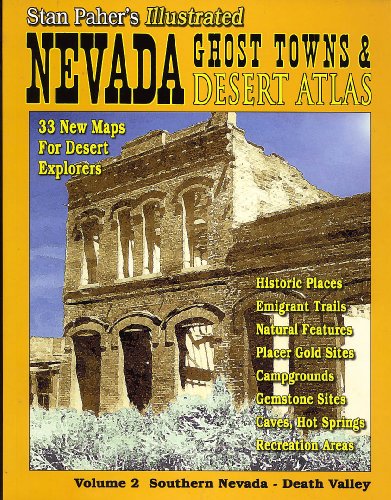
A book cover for Nevada Ghost Towns & Desert Atlas, Vol. 2 Southern Nevada-Death Valley (Nevada Ghost Towns and Mining Camps Illustrated Atlas); Stanley W. Paher; Travel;